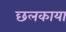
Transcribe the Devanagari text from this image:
छलकाया